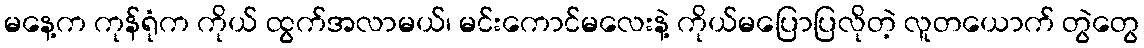
မနေ့က ကုန်ရုံက ကိုယ် ထွက်အလာမယ်၊ မင်းကောင်မလေးနဲ့ ကိုယ်မပြောပြလိုတဲ့ လူတယောက် တွဲတွေ